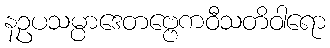
နဥပသမ္ပာဒေတဗ္ဗေကဝီသတိဝါရော